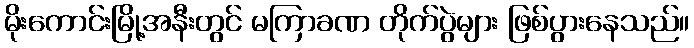
မိုးကောင်းမြို့အနီးတွင် မကြာခဏ တိုက်ပွဲများ ဖြစ်ပွားနေသည်။